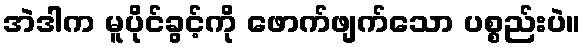
အဲဒါက မူပိုင်ခွင့်ကို ဖောက်ဖျက်သော ပစ္စည်းပဲ။